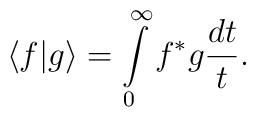
\langle f\vert g\rangle=\int\limits_0^\infty f^* g\frac{dt}{t}.